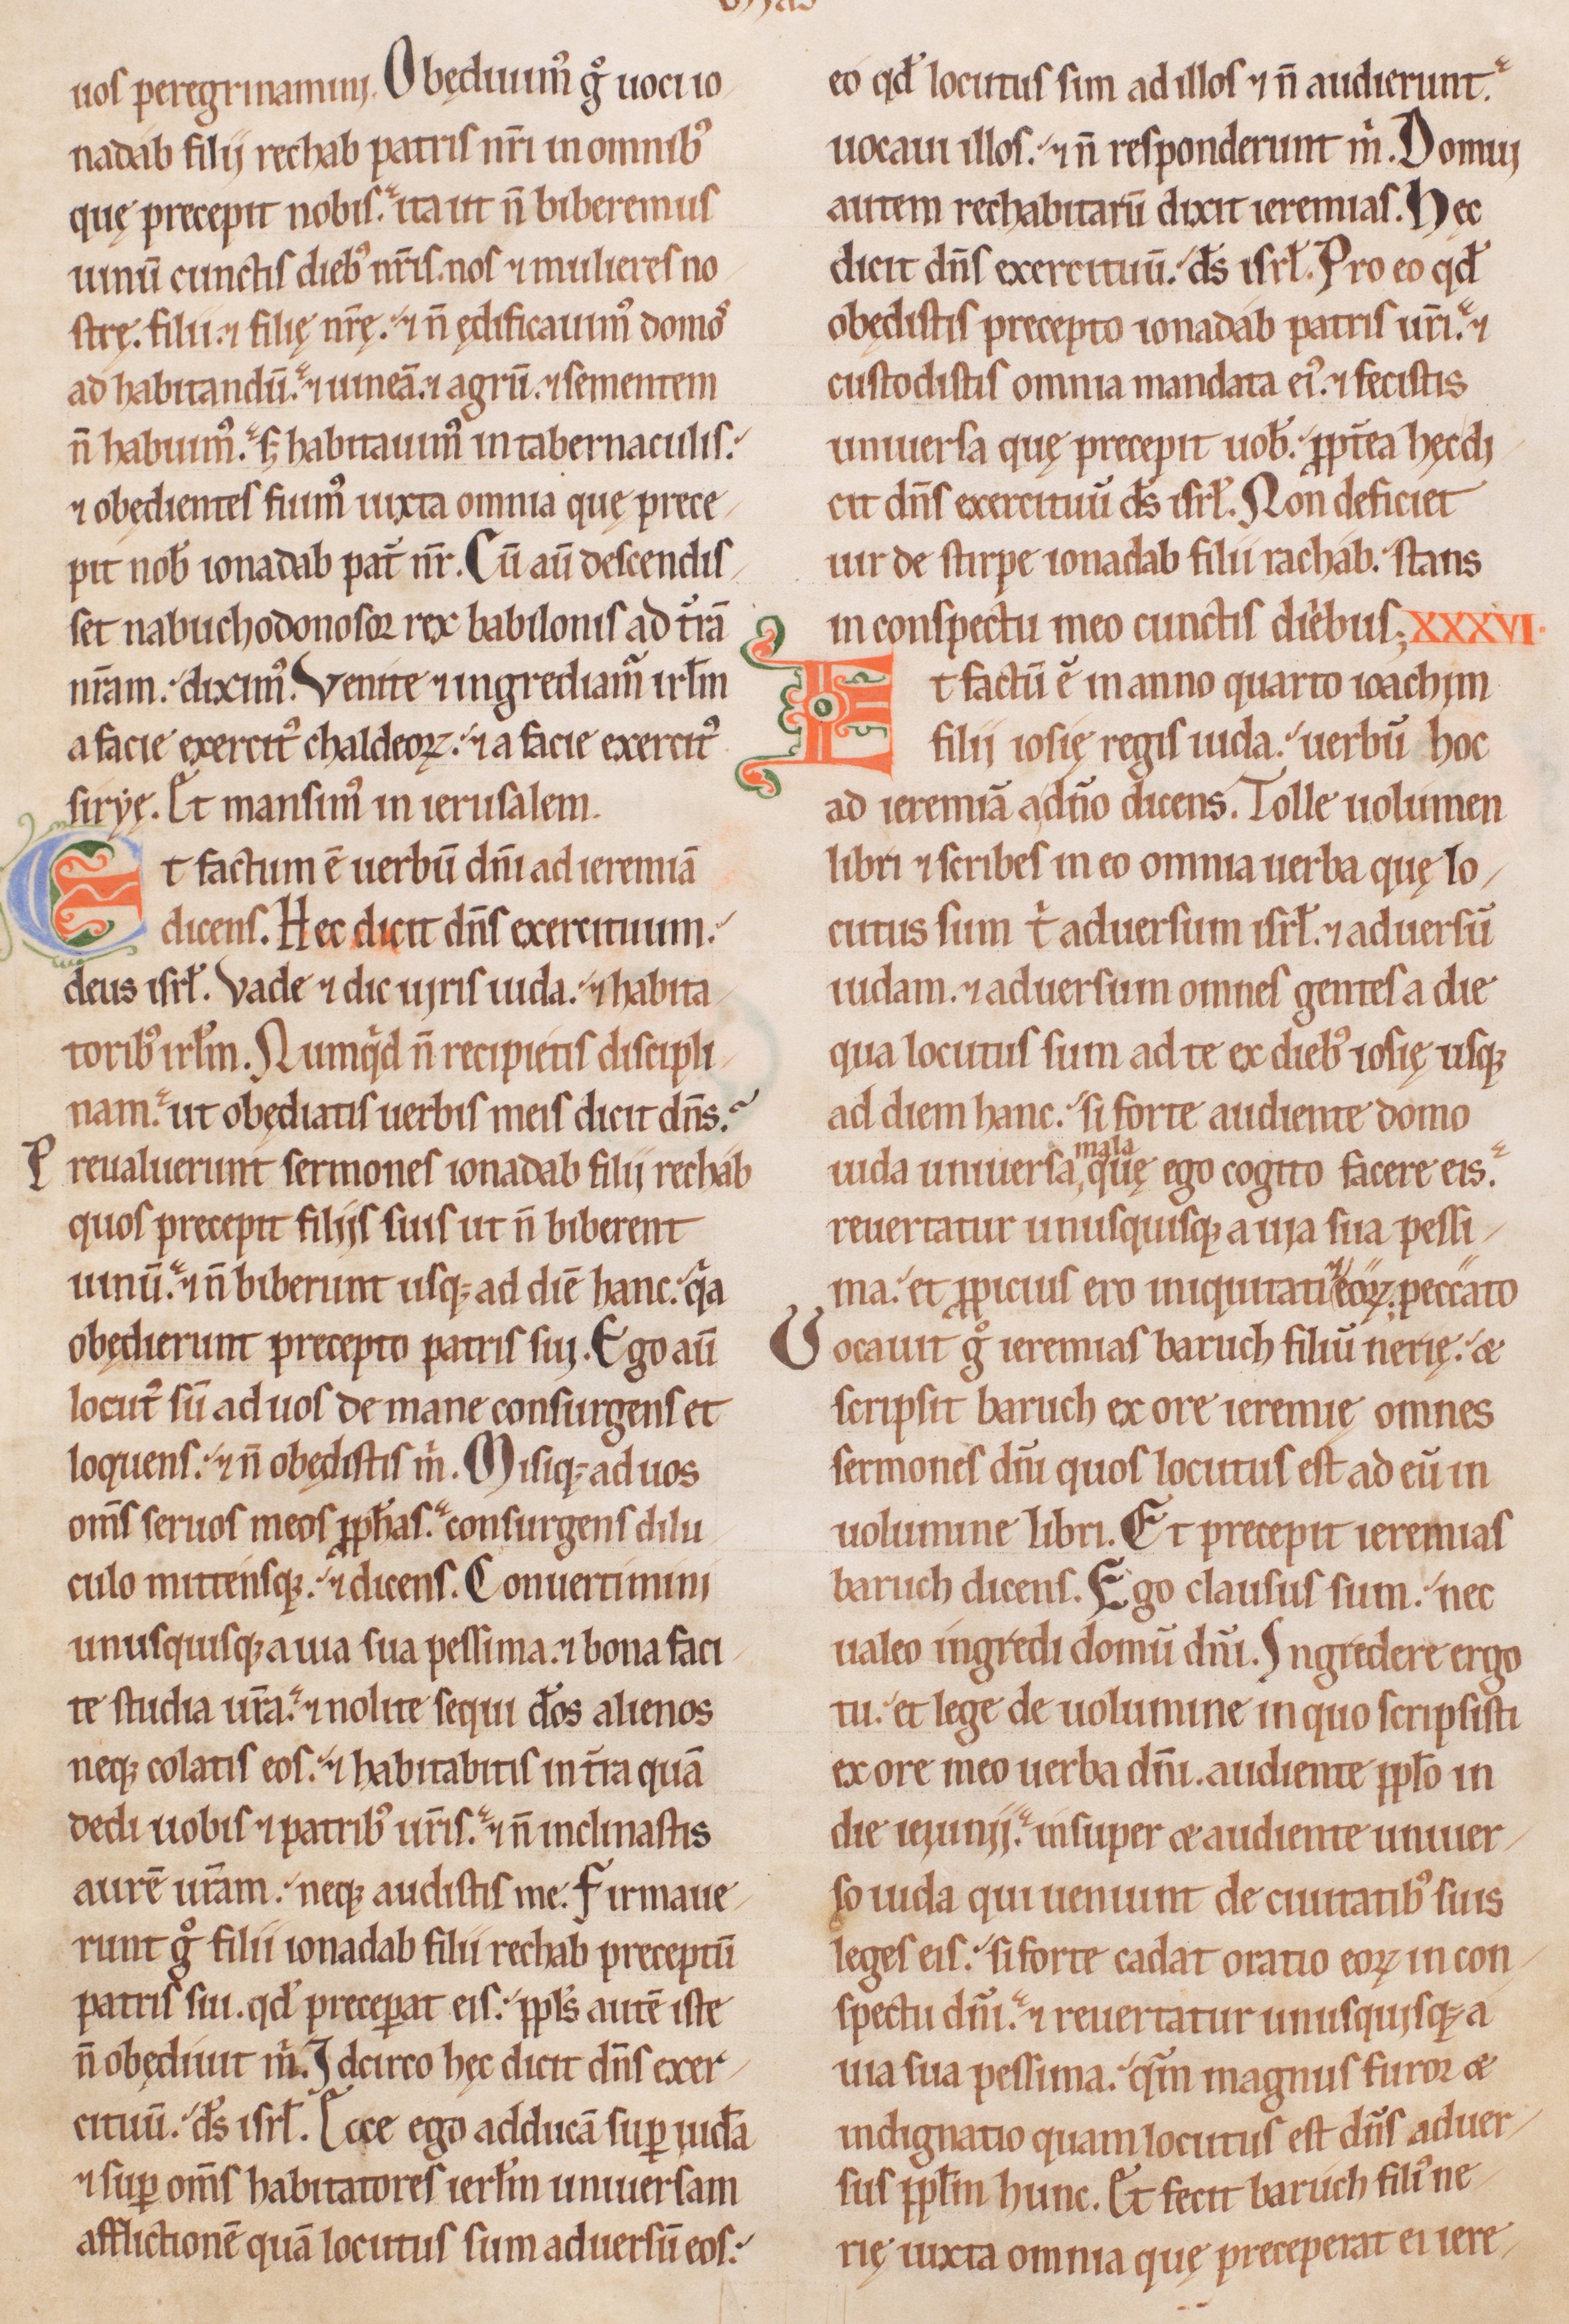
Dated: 1200–1249